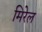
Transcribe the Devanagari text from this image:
मिरेल